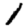
Digit: 1